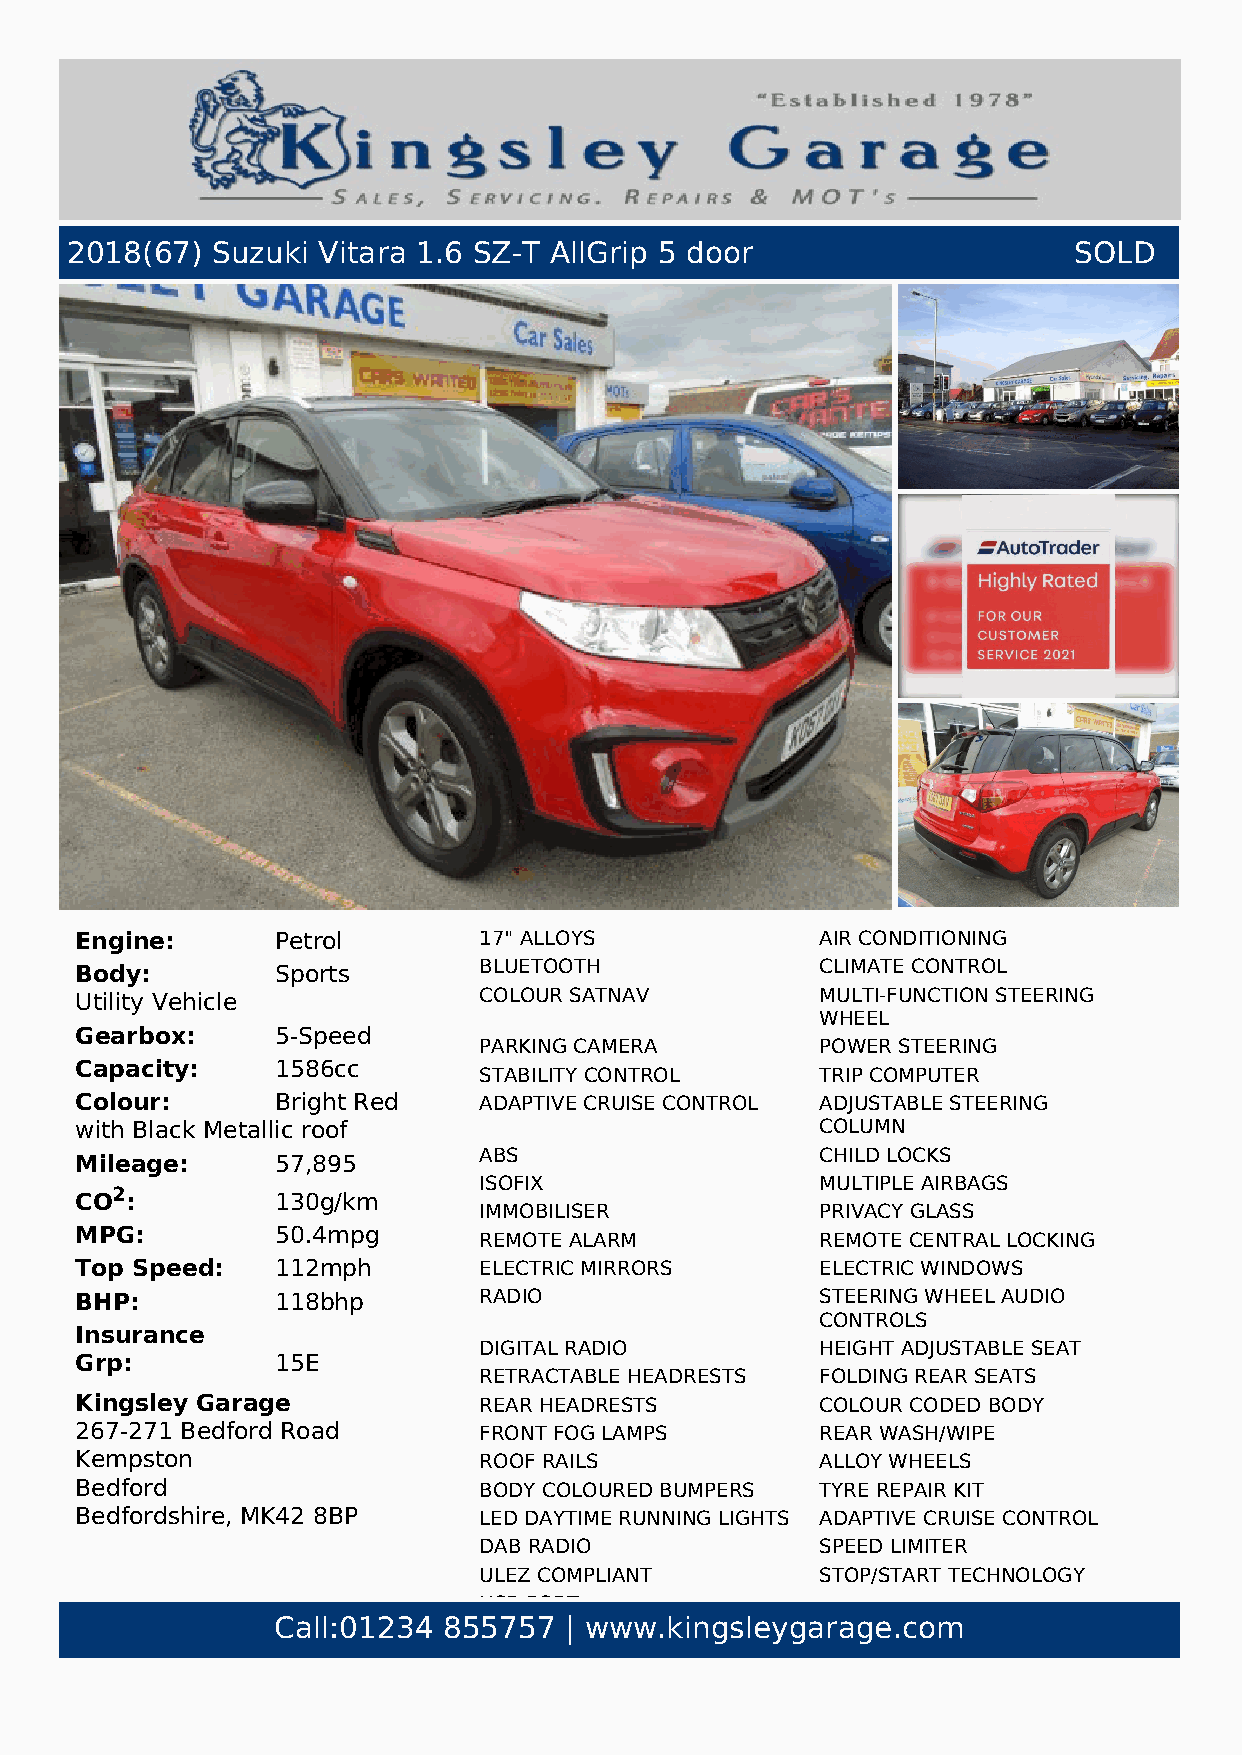
2018(67)  Suzuki Vitara 1.6 SZ-T AllGrip 5 door                    SOLD
 Engine:      Petrol        17" ALLOYS            AIR CONDITIONING
 Body:        Sports        BLUETOOTH             CLIMATE CONTROL
 Utility Vehicle            COLOUR SATNAV         MULTI-FUNCTION STEERING
 WHEEL
 Gearbox:     5-Speed
 PARKING CAMERA        POWER STEERING
 Capacity:    1586cc
 STABILITY CONTROL     TRIP COMPUTER
 Colour:      Bright Red    ADAPTIVE CRUISE CONTROL ADJUSTABLE STEERING
 with Black Metallic roof                         COLUMN
 ABS                   CHILD LOCKS
 Mileage:     57,895
 ISOFIX                MULTIPLE AIRBAGS
 CO2:         130g/km
 IMMOBILISER           PRIVACY GLASS
 MPG:         50.4mpg
 REMOTE ALARM          REMOTE CENTRAL LOCKING
 Top Speed:   112mph        ELECTRIC MIRRORS      ELECTRIC WINDOWS
 BHP:         118bhp        RADIO                 STEERING WHEEL AUDIO
 CONTROLS
 Insurance
 DIGITAL RADIO         HEIGHT ADJUSTABLE SEAT
 Grp:         15E
 RETRACTABLE HEADRESTS FOLDING REAR SEATS
 Kingsley Garage            REAR HEADRESTS        COLOUR CODED BODY
 267-271 Bedford Road       FRONT FOG LAMPS       REAR WASH/WIPE
 Kempston                   ROOF RAILS            ALLOY WHEELS
 Bedford                    BODY COLOURED BUMPERS TYRE REPAIR KIT
 Bedfordshire, MK42 8BP     LED DAYTIME RUNNING LIGHTS ADAPTIVE CRUISE CONTROL
 DAB RADIO             SPEED LIMITER
 ULEZ COMPLIANT        STOP/START TECHNOLOGY
 USB PORT
 Call:01234 855757  | www.kingsleygarage.com
 This one owner from new, 2018 Suzuki Vitara 1.6 SZ-T
 AllGrip 5 door in Bright Red with a Black Metallic roof (that